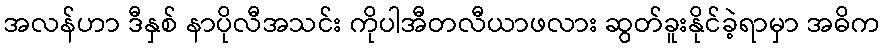
အလန်ဟာ ဒီနှစ် နာပိုလီအသင်း ကိုပါအီတလီယာဖလား ဆွတ်ခူးနိုင်ခဲ့ရာမှာ အဓိက